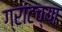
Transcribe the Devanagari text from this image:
ग्रांटच्या